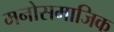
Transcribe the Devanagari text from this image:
मनोसमाजिक